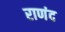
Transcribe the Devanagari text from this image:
राणंद